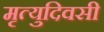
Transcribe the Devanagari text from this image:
मृत्युदिवसी